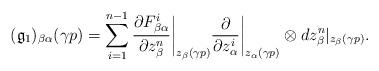
LaTeX: \begin{align*}(\mathfrak{g}_{1})_{\beta\alpha}(\gamma p)=\sum_{i=1}^{n-1}\frac{\partial F^{i}_{\beta\alpha}}{\partial z_{\beta}^{n}}\biggr|_{z_\beta(\gamma p)}\frac{\partial}{\partial z^{i}_{\alpha}}\biggr|_{z_\alpha(\gamma p)}\otimes dz_{\beta}^{n}|_{z_\beta(\gamma p)}.\end{align*}